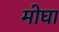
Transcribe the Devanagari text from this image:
मोघा